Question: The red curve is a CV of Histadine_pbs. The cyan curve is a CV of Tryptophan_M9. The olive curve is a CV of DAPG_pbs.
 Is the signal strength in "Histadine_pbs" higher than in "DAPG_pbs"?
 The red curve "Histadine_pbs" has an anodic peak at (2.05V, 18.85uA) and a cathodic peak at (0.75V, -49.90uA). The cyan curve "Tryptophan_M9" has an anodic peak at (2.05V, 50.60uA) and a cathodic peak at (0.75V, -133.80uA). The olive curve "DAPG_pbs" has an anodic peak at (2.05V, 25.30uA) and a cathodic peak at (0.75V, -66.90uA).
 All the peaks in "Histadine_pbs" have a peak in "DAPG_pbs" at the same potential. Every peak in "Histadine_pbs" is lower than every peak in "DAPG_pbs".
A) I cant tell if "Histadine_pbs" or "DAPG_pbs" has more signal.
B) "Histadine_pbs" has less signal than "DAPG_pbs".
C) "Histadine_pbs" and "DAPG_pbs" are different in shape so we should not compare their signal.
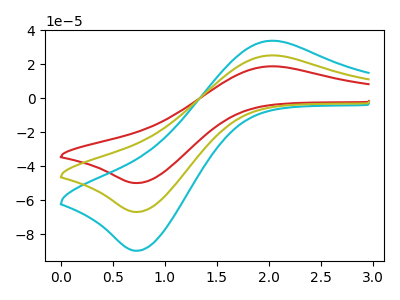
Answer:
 <answer>B) "Histadine_pbs" has less signal than "DAPG_pbs".</answer>
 <eval>B</eval>